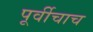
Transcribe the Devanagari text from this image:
पूर्वीचाच